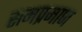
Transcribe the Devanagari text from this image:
समप्रमाण